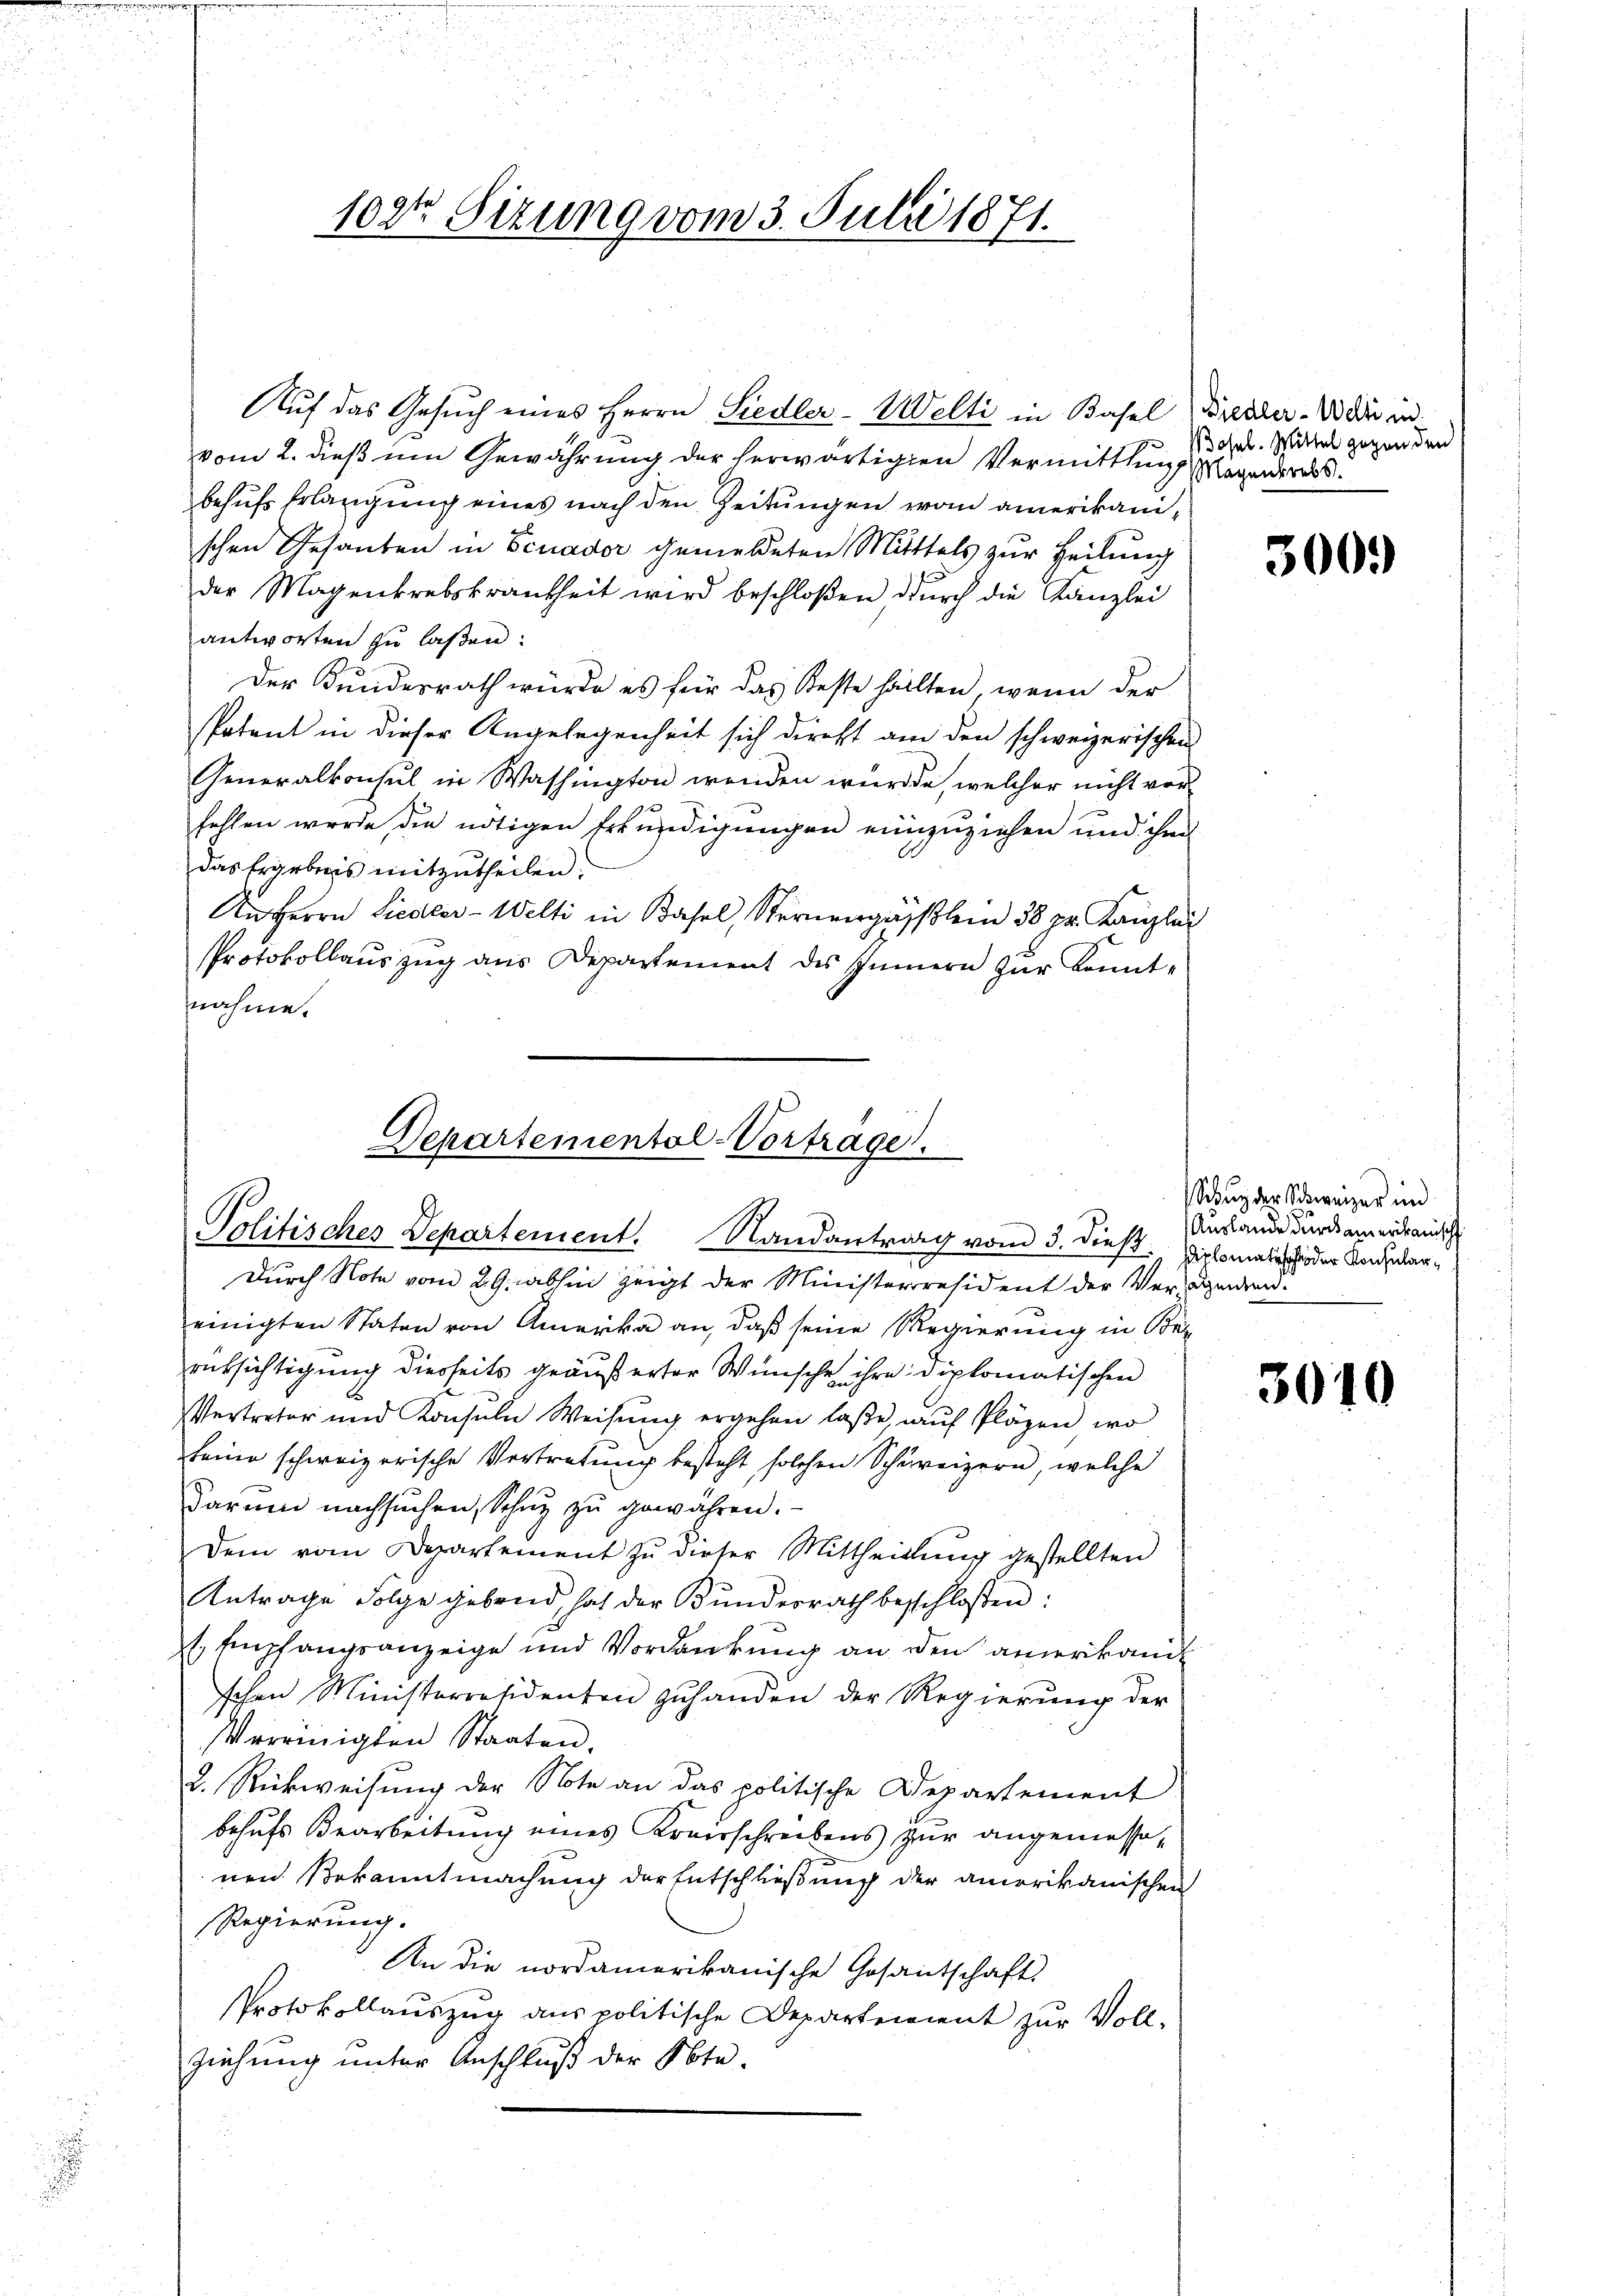
i

Auf das Gesuch eines Herrn Siedler-Welti in Basel, Freuder. Wo die in
vom 2. dieß um Gewährung der herwärtigen Vermittlung Wegenderes.
behufs Erlangung eines nach den Zeitungen von amerikanischen Gesanten in Benader gemeldeten Mittels zur Teilung
der Magenkrebskrankheit wird beschloßen durch die Kanzlei
antworten zu laßen:
Der Kundesrath würde es für das Reste hällten, wenn der
Patent in dieser Angelegenheit sich direkt am den schweizerischen
Generalkonsul in Washington wenden würde, welcher nicht vorfehlen werde, die nötigen Erkundigungen einzuziehen und ihm
das Ergebnis mitzutheilen.
An Herrn Liedler-Welti in Basel, Sternengässlein 38 pr. Kanzlei
Protokollaŭszŭg ans Departement des Sinnern zŭr Kennt-
nahme.

102ten Sizung vom 3. Julii 1871.

Departemental-Vortrage.
Politisches Departement. Randantrag vom 3. dieß. Diplomatisch oder Ander¬

Durch Note vom 29. abhin zeigt der Ministerresident der Verdingen.
einigten Staten von Amerika an, daß seine Regierung in Bez
rüksichtigung diesseits geäußerter Wünsche ihre diplomatischen
Vertreter und Konsuln Weisŭng ergehen laße, auf Pläzen, wo
keine schweizerische Vertretung besteht solchen Schreizern, welche
Darum nachsuchen, Schuz zu gewähren.
Dem vom Departement zu dieser Mittheilung gestellten
Antrage Folge gebend hat der Bundesrath beschlossen:
t Empfangsanzeige und Vordankung an den amerikani-
schen Ministerräsidenten zŭ handen der Regierŭng der
Vereinigten Staaten.
2. Rückweisung der Note an das politische Departement
behufs Bearbeitung eines Krausschreibens zur angemessenen Bekanntmachung der Entschließung der amerikanischen
Regierung.
An die nordamerikanische Gesantschaft
Protokollauszug aus politische Departement zur Vollziehung unter Anschluß der Obte.

Wosel. Mittel gegen den

300.

Sug der Schweizer in
Auslande durch amerikanisch

3040